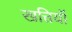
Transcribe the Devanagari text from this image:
खत्तियॉं